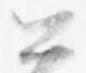
公